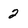
Character: 2